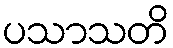
ပသာသတိ